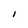
Character: I